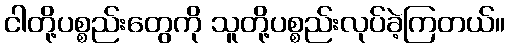
ငါတို့ပစ္စည်းတွေကို သူတို့ပစ္စည်းလုပ်ခဲ့ကြတယ်။